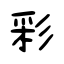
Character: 彩